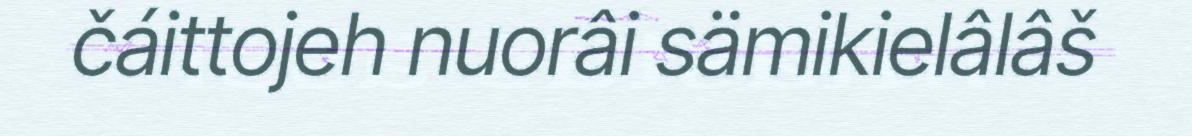
čáittojeh nuorâi sämikielâlâš